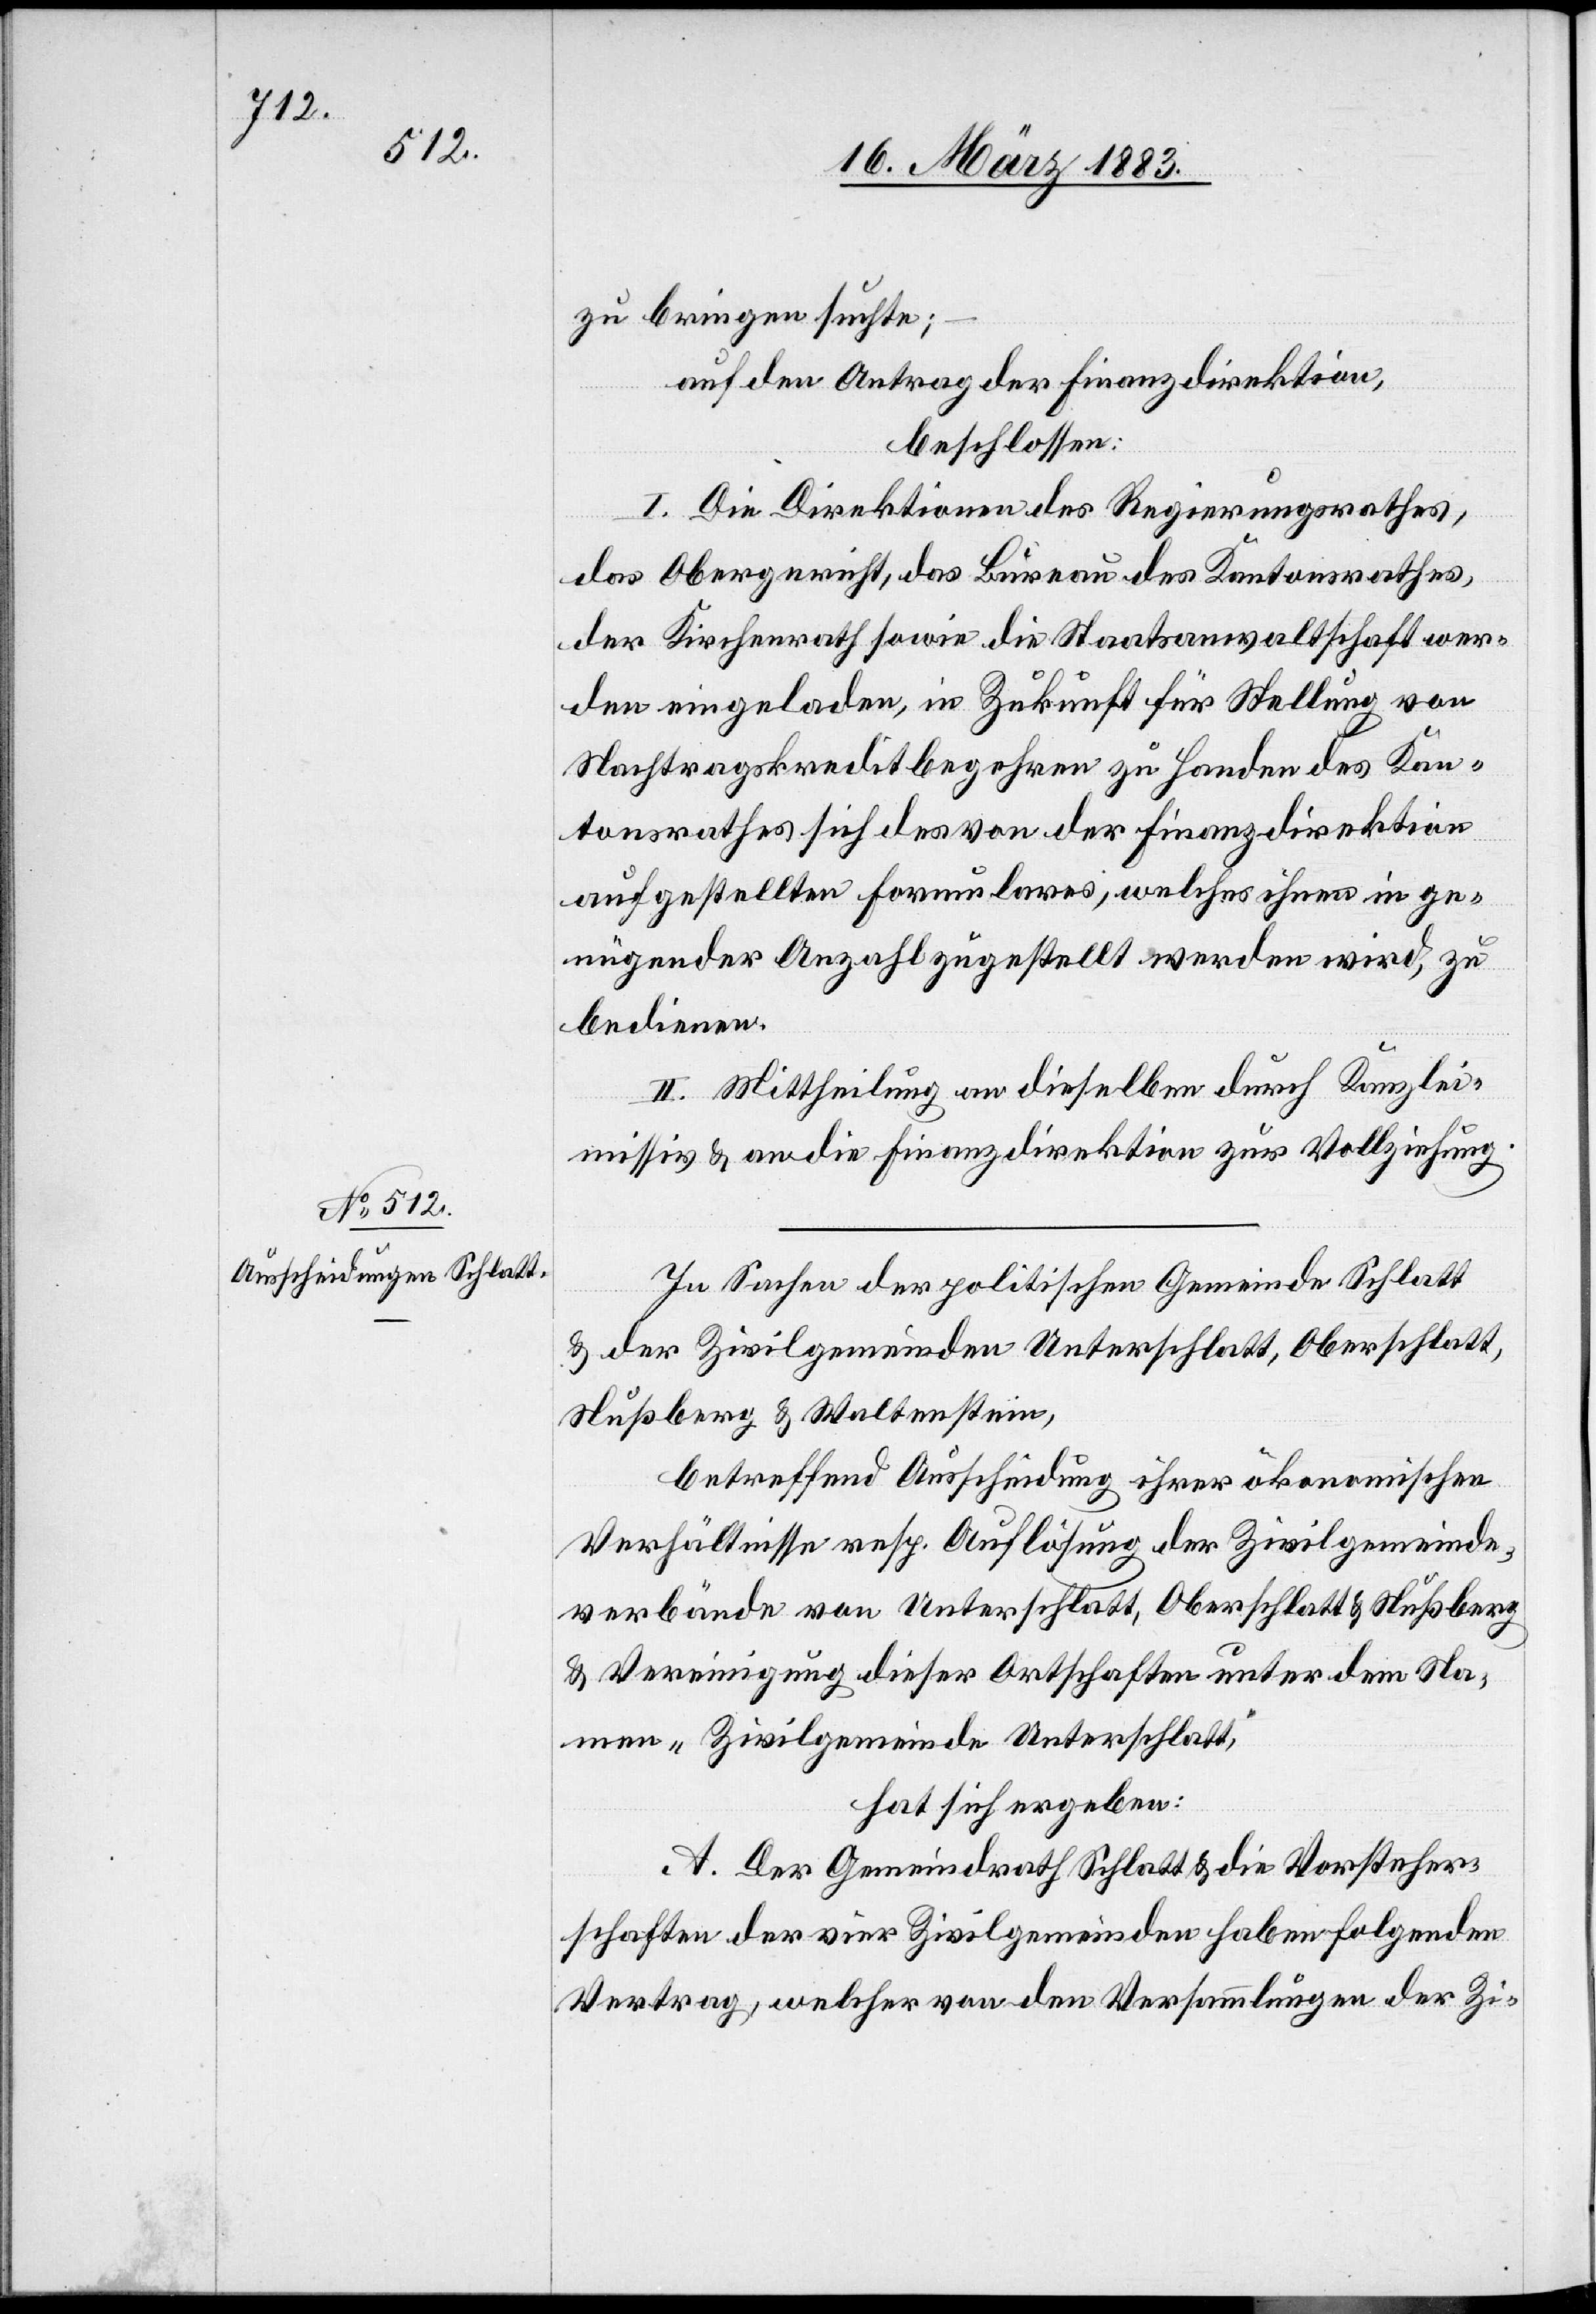
12.

der